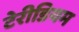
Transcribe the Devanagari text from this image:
टेरीडियम